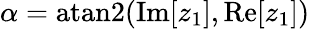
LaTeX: \alpha=\textrm{atan2}(\textrm{Im}[z_{1}],\textrm{Re}[z_{1}])